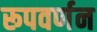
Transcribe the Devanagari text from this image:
रूपवर्णन